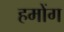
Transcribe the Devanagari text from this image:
हमोंग